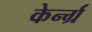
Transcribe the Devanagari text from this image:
केर्न्ग्र